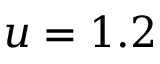
u = 1 . 2